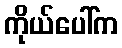
ကိုယ်ပေါ်က